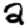
Digit: 2